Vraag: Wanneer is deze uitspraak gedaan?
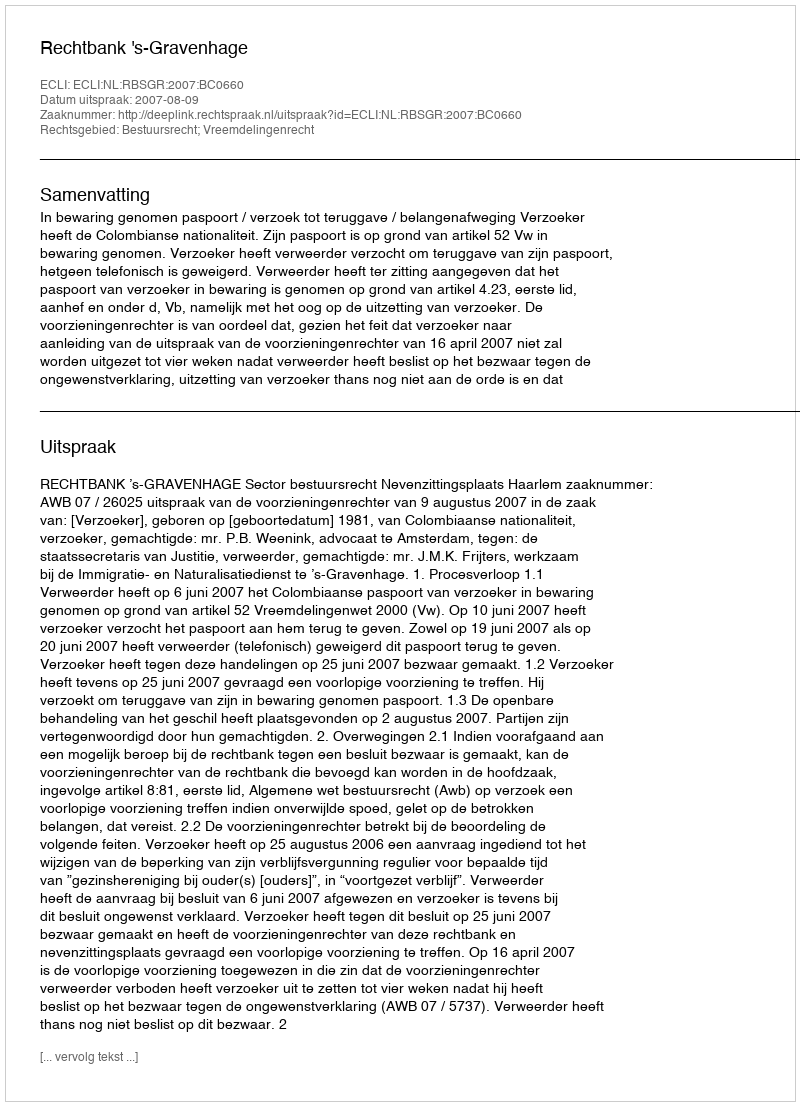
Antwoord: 2007-08-09